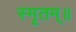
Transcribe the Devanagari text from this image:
स्मृतम्॥